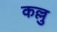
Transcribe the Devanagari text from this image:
कल्लु